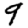
Digit: 9